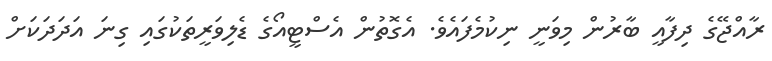
ރާއްޖޭގެ ދިފާއީ ބާރުން މިވަނީ ނިކުމެފައެވެ. އެގޮތުން އެސްޓީއޯގެ ޑެލިވަރީތަކުގައި ގިނަ އަދަދަކަށް